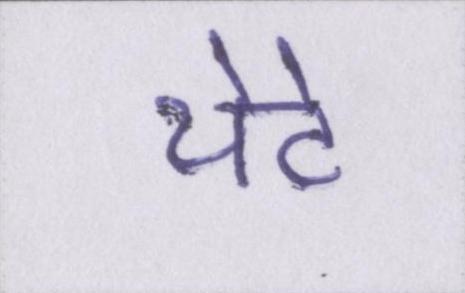
थेटे